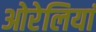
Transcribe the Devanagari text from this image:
ओरेलियां